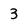
Character: 3